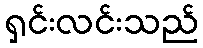
ရှင်းလင်းသည်